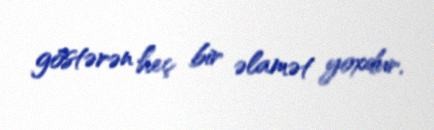
göstərən heç bir əlamət yoxdur.